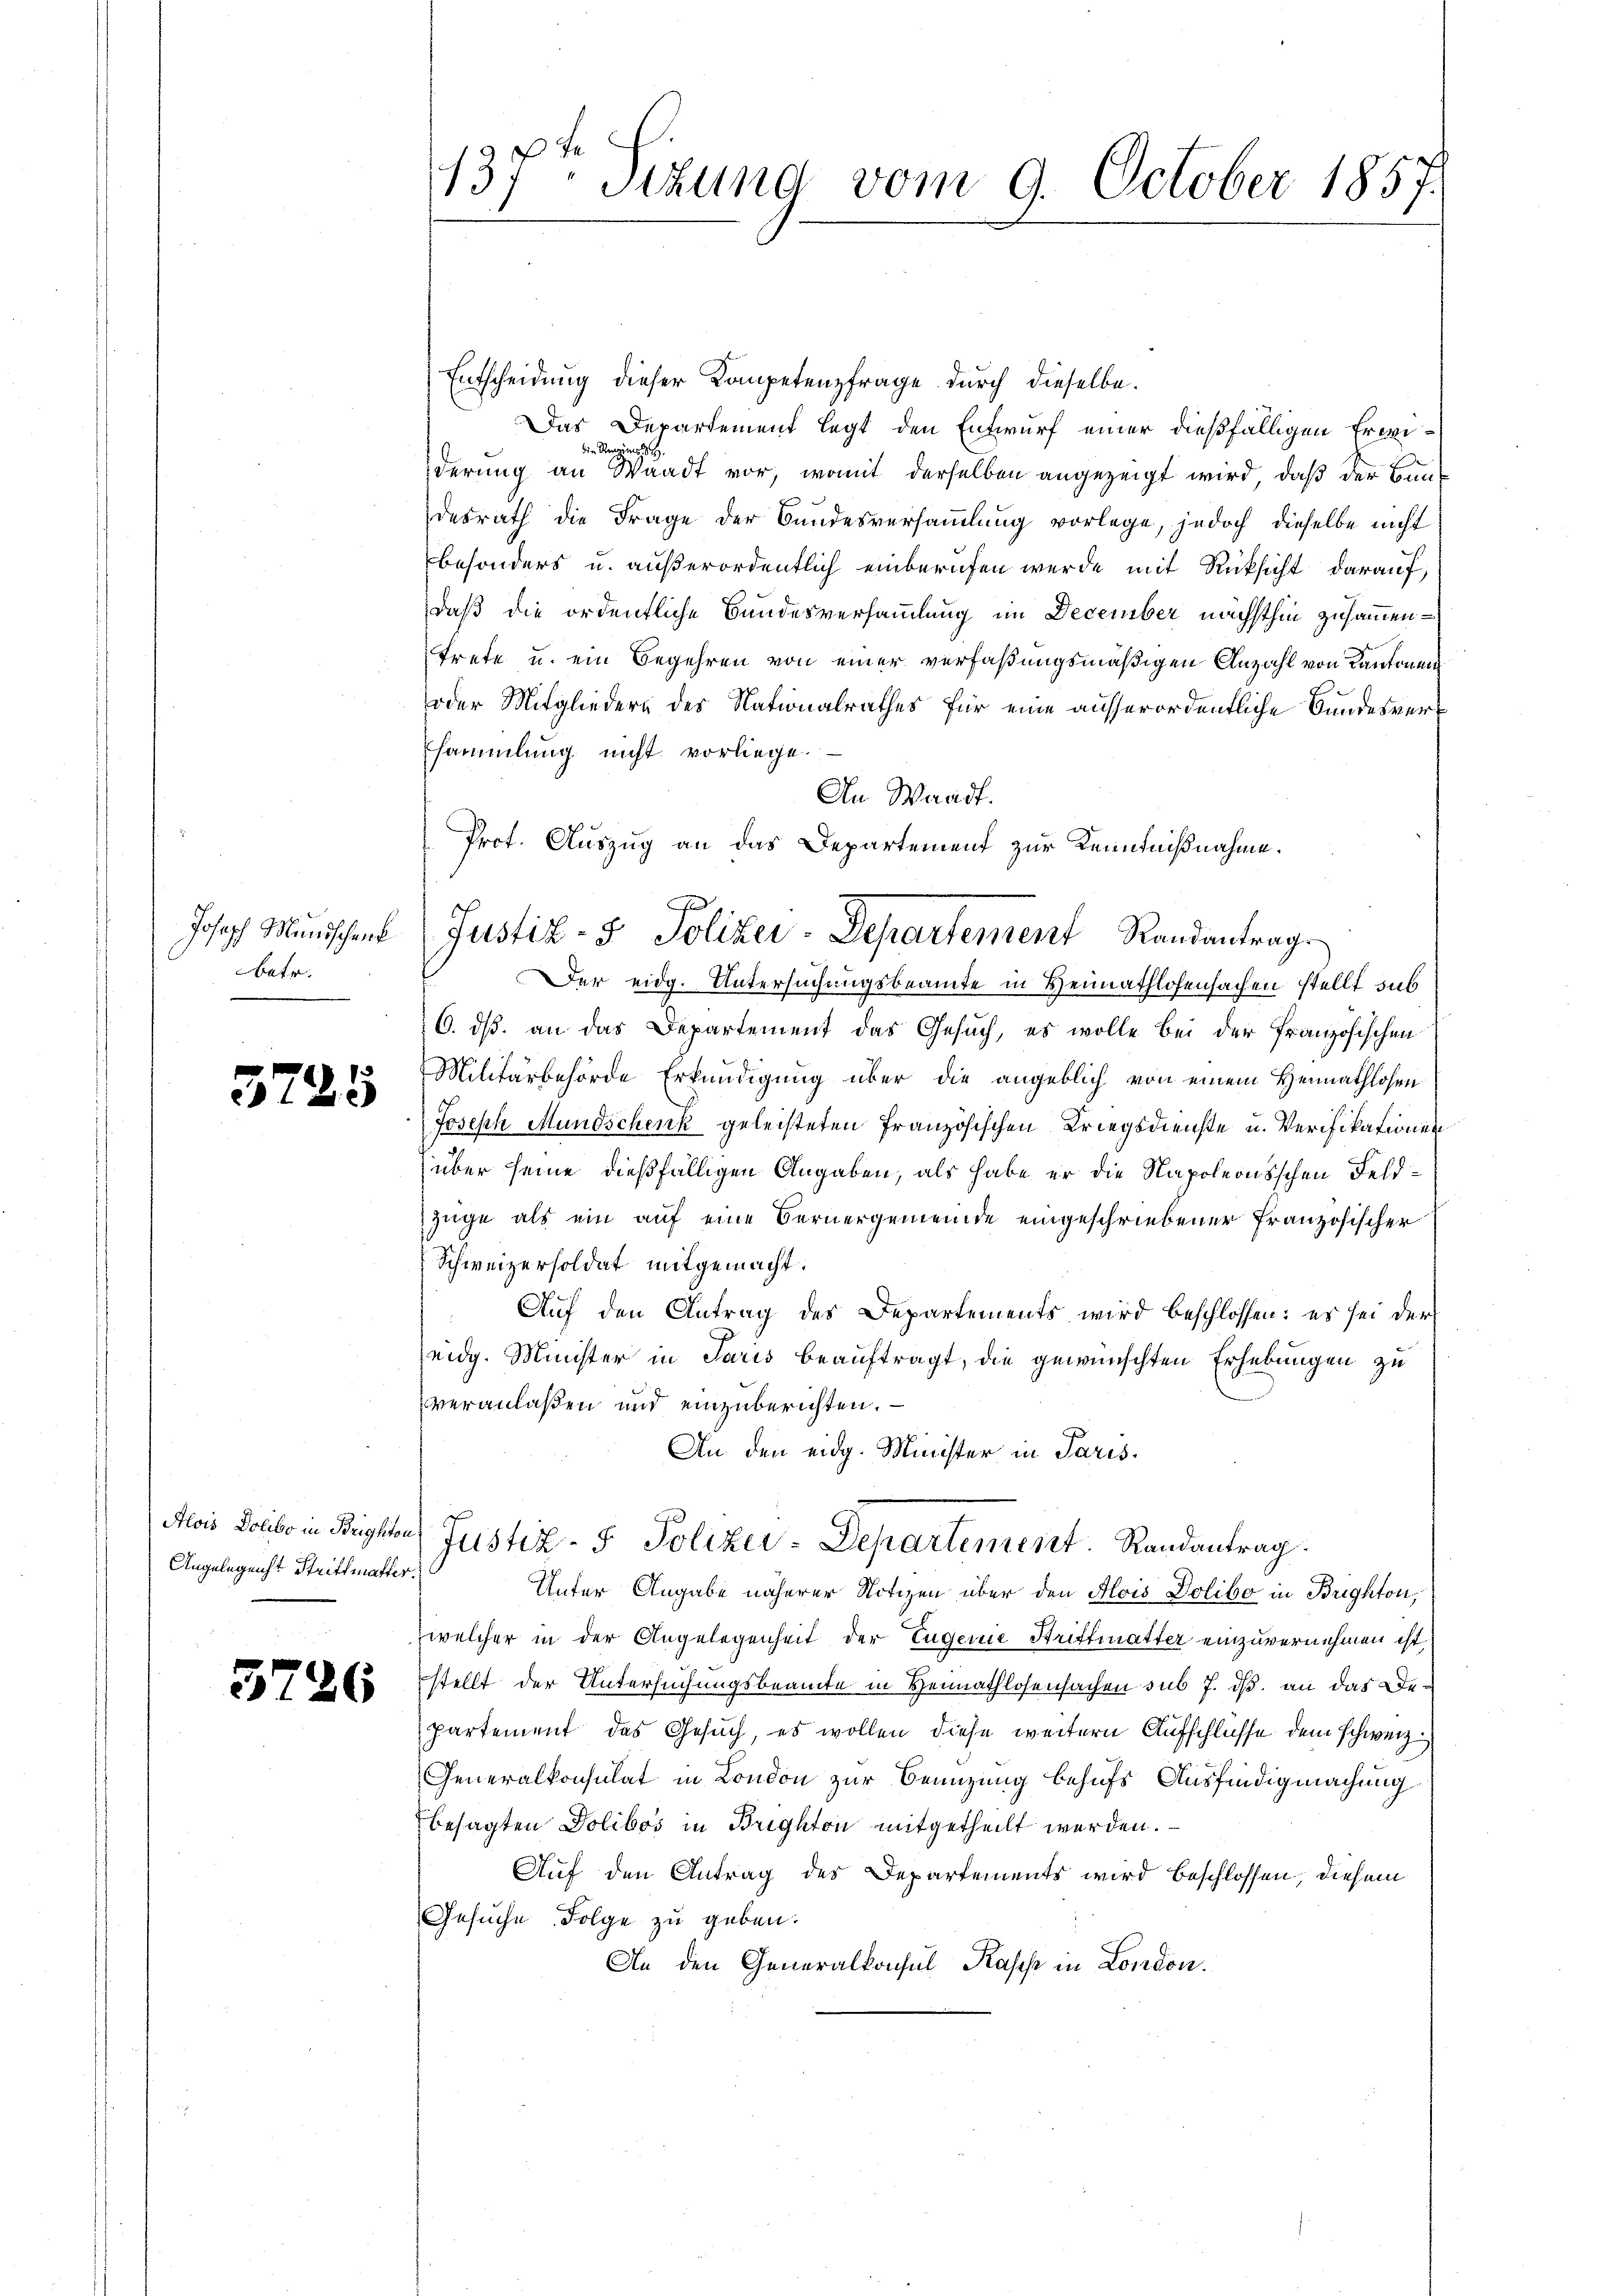
Joseph Mundschenk
betr.

3725

Alois Dolibo in Brighto
Angelegenht Strittmatte.

3726

137t Tizung vom 9. October 1857.

Entscheidung dieser Kompetenzfrage durch dieselbe.
Das Departement legt den Entwurf einer dießfälligen Erwei¬
Renzins
derung an Waadt vor, womit derselben angezeigt wird, daß der Bundesrath die Frage der Bundesversammlung vorlege, jedoch dieselbe nicht
besonders u. außerordentlich einberufen wurde mit Rücksicht darauf,
daß die ordentliche Bundesversammlung im December nächsthin zusammentrete u. ein Begehren von einer verfaßungsmäßigen Anzahl von Kantonen
oder Mitgliedern des Nationalrathes für eine ausserordentliche Bundesversammlung nicht vorliege.
An Waadt.
Prot. Auszug an das Departement zur Kenntnißnahme.
Der eidg. Untersuchungsbeamte in Heimathlosensachen stellt sub
6. ds. an das Departement das Gesuch, es wolle bei der französischen
Militärbehörde Erkundigung über die angeblich von einem Heimathlosen
Joseph Mundschenk geleisteten Französischen Kriegsdienste u. Verifikationen
über seine dießfälligen Angaben, als habe er die Napoleonsschen Feldzüge als ein auf eine Bernergemeinde eingeschriebener Französischer
Schweizersoldat mitgemacht.
Auf den Antrag des Departements wird beschlossen: es sei der
eidg. Minister in Paris beauftragt, die gewünschten Erhebungen zu
veranlaßen und einzuberichten.
An den eidg. Minister in Paris.
Justiz- & Polizer-Departement. Randantrag.
Unter Angabe näherer Notizen über den Alois Polito in Brighton,
welcher in der Angelegenheit der Engerne Strittmatter einzuvernehmen ist,
stellt der Untersuchungsbeamte in Heimathlosensachen sub 7. ds. an das De¬
Partement das Gesuch, es wollen diese weitern Aufschlüsse dem schweiz.
Generalkonsulat in London zur Benuzung behufs Ausfindigmachung
besagten Dolibos in Brighton mitgetheilt werden.
Auf den Antrag des Departements wird beschlossen, diesem
Gesŭche Folge zu geben.
An den Generalkonsul Kases in London.

7
Justiz- & Polizei-Departement Randantrag